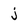
Character: j